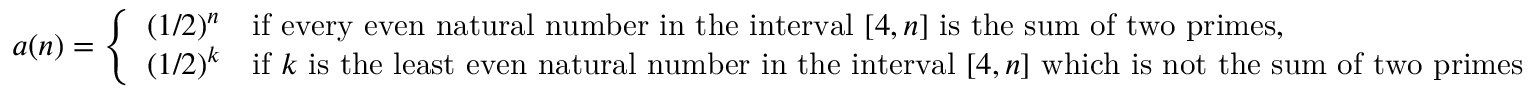
a ( n ) = { \left\{ \begin{array} { l l } { ( 1 / 2 ) ^ { n } } & { { \mathrm { i f ~ e v e r y ~ e v e n ~ n a t u r a l ~ n u m b e r ~ i n ~ t h e ~ i n t e r v a l ~ } } [ 4 , n ] { \mathrm { ~ i s ~ t h e ~ s u m ~ o f ~ t w o ~ p r i m e s } } , } \\ { ( 1 / 2 ) ^ { k } } & { { \mathrm { i f ~ } } k { \mathrm { ~ i s ~ t h e ~ l e a s t ~ e v e n ~ n a t u r a l ~ n u m b e r ~ i n ~ t h e ~ i n t e r v a l ~ } } [ 4 , n ] { \mathrm { ~ w h i c h ~ i s ~ n o t ~ t h e ~ s u m ~ o f ~ t w o ~ p r i m e s } } } \end{array} \right. }